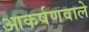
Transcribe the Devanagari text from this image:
आकर्षणवाले